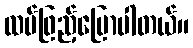
ထပ်ဖြည့်ပြောပါတယ်။